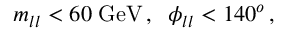
m _ { l l } < 6 0 \; \mathrm { G e V } \, , \; \; \phi _ { l l } < 1 4 0 ^ { o } \, ,